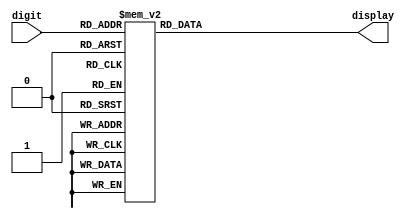
/**
 * A 7-Segment Display Port for the DE0
 * Not clocked, always updates with the current value of the port.
 */
module seven_segment_display (
	input [3:0] digit,
	output reg [7:0] display
);
	always @(*) begin
		case (digit)
			4'b0000 : display = 8'b11000000; 
			4'b0001 : display = 8'b11111001;		
			4'b0010 : display = 8'b10100100; 
			4'b0011 : display = 8'b10110000; 
			4'b0100 : display = 8'b10011001; 
			4'b0101 : display = 8'b10010010; 
			4'b0110 : display = 8'b10000010; 
			4'b0111 : display = 8'b11111000; 
			4'b1000 : display = 8'b10000000; 
			4'b1001 : display = 8'b10010000; 
			4'b1010 : display = 8'b10001000; 
			4'b1011 : display = 8'b10000011; 
			4'b1100 : display = 8'b11000110; 
			4'b1101 : display = 8'b10100001; 
			4'b1110 : display = 8'b10000110;
			4'b1111 : display = 8'b10001110;
		endcase
	end
endmodule


`timescale 1ns/100ps
module seven_segment_display_test;
	initial begin
		$finish;
	end
endmodule